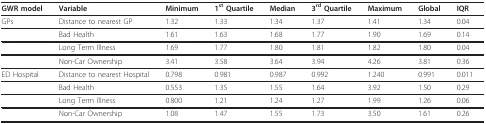
<table><thead><tr><td><b>GWR model</b></td><td><b>Variable</b></td><td><b>Minimum</b></td><td><b>1<sup>st </sup>Quartile</b></td><td><b>Median</b></td><td><b>3<sup>rd </sup>Quartile</b></td><td><b>Maximum</b></td><td><b>Global</b></td><td><b>IQR</b></td></tr></thead><tbody><tr><td>GPs</td><td>Distance to nearest GP</td><td>1.32</td><td>1.33</td><td>1.34</td><td>1.37</td><td>1.41</td><td>1.34</td><td>0.04</td></tr><tr><td></td><td>Bad Health</td><td>1.61</td><td>1.63</td><td>1.68</td><td>1.77</td><td>1.90</td><td>1.69</td><td>0.14</td></tr><tr><td></td><td>Long Term Illness</td><td>1.69</td><td>1.77</td><td>1.80</td><td>1.81</td><td>1.82</td><td>1.80</td><td>0.04</td></tr><tr><td></td><td>Non-Car Ownership</td><td>3.41</td><td>3.58</td><td>3.64</td><td>3.94</td><td>4.26</td><td>3.81</td><td>0.36</td></tr><tr><td>ED Hospital</td><td>Distance to nearest Hospital</td><td>0.798</td><td>0.981</td><td>0.987</td><td>0.992</td><td>1.240</td><td>0.991</td><td>0.011</td></tr><tr><td></td><td>Bad Health</td><td>0.553</td><td>1.35</td><td>1.55</td><td>1.64</td><td>3.92</td><td>1.50</td><td>0.29</td></tr><tr><td></td><td>Long Term Illness</td><td>0.800</td><td>1.21</td><td>1.24</td><td>1.27</td><td>1.99</td><td>1.26</td><td>0.06</td></tr><tr><td></td><td>Non-Car Ownership</td><td>1.08</td><td>1.47</td><td>1.55</td><td>1.73</td><td>3.50</td><td>1.61</td><td>0.26</td></tr></tbody></table>